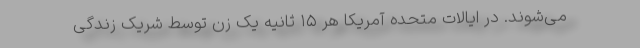
می‌شوند. در ایالات متحده آمریکا هر ۱۵ ثانیه یک زن توسط شریک زندگی